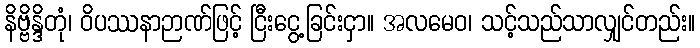
နိဗ္ဗိန္ဒိတုံ၊ ဝိပဿနာဉာဏ်ဖြင့် ငြီးငွေ့ခြင်းငှာ။ အလမေဝ၊ သင့်သည်သာလျှင်တည်း။